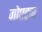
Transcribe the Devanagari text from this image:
गोएट्ज